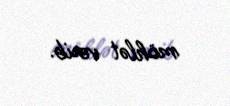
möhlət verib.